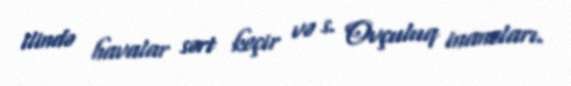
ilində havalar sərt keçir və s. Ovçuluq inancları.